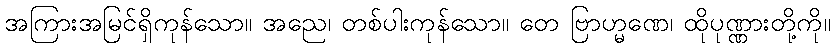
အကြားအမြင်ရှိကုန်သော။ အညေ၊ တစ်ပါးကုန်သော။ တေ ဗြာဟ္မဏေ၊ ထိုပုဏ္ဏားတို့ကို။